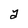
Character: a